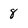
Character: 8